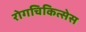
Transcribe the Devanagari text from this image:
रोगचिकित्सेस